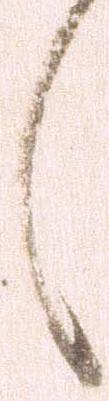
々